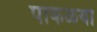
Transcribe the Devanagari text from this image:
पाकळया